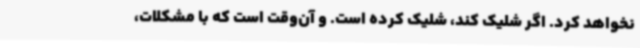
نخواهد کرد. اگر شلیک کند، شلیک کرده است. و آن‌وقت است که با مشکلات،